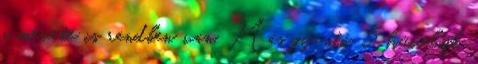
a mérete is rendben van. Más gyártó 5 hüvelyk